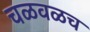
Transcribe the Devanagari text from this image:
चळवळच